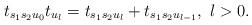
LaTeX: \begin{align*}t_{s_1s_2u_0}t_{u_l}=t_{s_1s_2u_l}+t_{s_1s_2u_{l-1}},{}\ l>0.\end{align*}